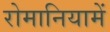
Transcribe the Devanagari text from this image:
रोमानियामें